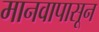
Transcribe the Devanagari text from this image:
मानवापासून